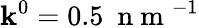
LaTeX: \mathbf{k}^{0}=0.5~\mathrm{{~n~m~}}^{-1}